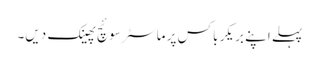
پہلے اپنے بریکر باکس پر ماسٹر سوئچ پھینک دیں۔